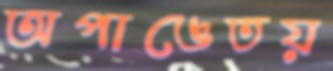
অপাঙেতয়